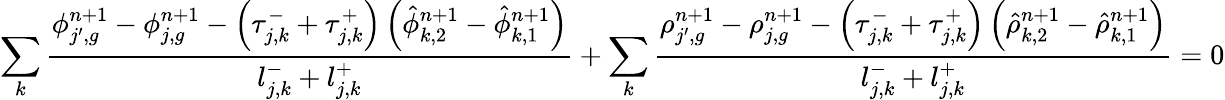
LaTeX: \sum_{k}\frac{\phi_{j^{\prime},g}^{n+1}-\phi_{j,g}^{n+1}-\left(\tau_{j,k}^{-}+\tau_{j,k}^{+}\right)\left(\hat{\phi}_{k,2}^{n+1}-\hat{\phi}_{k,1}^{n+1}\right)}{l_{j,k}^{-}+l_{j,k}^{+}}+\sum_{k}\frac{\rho_{j^{\prime},g}^{n+1}-\rho_{j,g}^{n+1}-\left(\tau_{j,k}^{-}+\tau_{j,k}^{+}\right)\left(\hat{\rho}_{k,2}^{n+1}-\hat{\rho}_{k,1}^{n+1}\right)}{l_{j,k}^{-}+l_{j,k}^{+}}=0